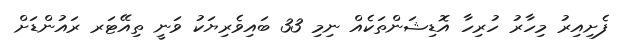
ފެށިއިރު މިހާރު ހުރިހާ އޮޑިޝަންތަކެއް ނިމި 33 ބައިވެރިޔަކު ވަނީ ތިއޭޓަރ ރައުންޑަށް